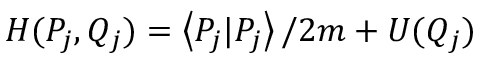
H ( P _ { j } , Q _ { j } ) = \left\langle P _ { j } | P _ { j } \right\rangle / 2 m + U ( Q _ { j } )